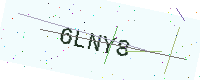
Text: 6LNY8